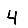
Digit: 4